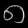
Digit: ၈